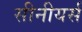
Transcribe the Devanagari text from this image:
सीनीयर्स